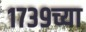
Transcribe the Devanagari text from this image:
१७३९च्या